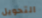
التحويل